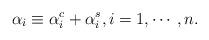
LaTeX: \begin{align*}\alpha_i \equiv \alpha_i^c + \alpha_i^s, i = 1, \cdots, n.\end{align*}